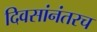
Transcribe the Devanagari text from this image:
दिवसांनंतरच